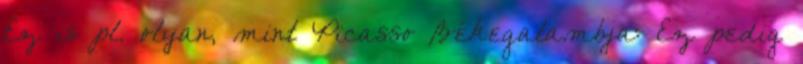
Ez is pl. olyan, mint Picasso Békegalambja: Ez pedig